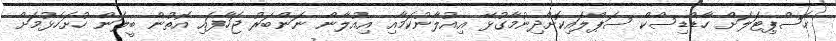
ހޮސްޕިޓަަލަށް ހާޑްޑިސްކް ސަޕްލައިކޮށްދިނުމާގުޅޭ އިއުލާނުކަމާއި އިއުލާން ނަންބަރު ޖަހާފައި އޮތުން ބީލަން ހުށަހެޅުމަށް